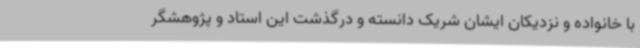
با خانواده و نزدیکان ایشان شریک دانسته و درگذشت این استاد و پژوهشگر